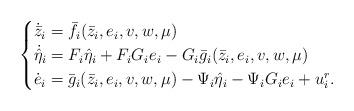
LaTeX: \begin{align*}\begin{cases}\dot{\bar z}_i=\bar f_i(\bar z_i, e_i, v, w,\mu)\\\dot{\hat \eta}_i=F_i\hat\eta_i+F_iG_ie_i-G_i\bar g_i(\bar z_i,e_i, v, w,\mu)\\\dot{e}_i=\bar g_i(\bar z_i,e_i, v, w,\mu)-\Psi_i\hat \eta_i-\Psi_iG_ie_i+u_i^r.\end{cases}\end{align*}